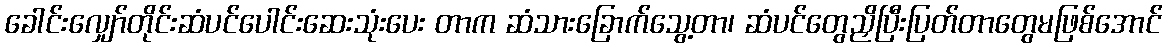
ခေါင်းလျှော်တိုင်းဆံပင်ပေါင်းဆေးသုံးပေး တာက ဆံသားခြောက်သွေ့တာ၊ ဆံပင်တွေညှိပြီးပြတ်တာတွေမဖြစ်အောင်